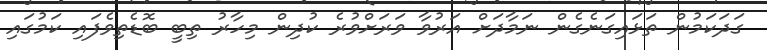
ގަދަކަމުން ތަޅައިގަނެގެން ނަމާދަށް އަރުވާ ވަރަށްވުރެ ކުދިން މިހާރު ތިބީ ބޮޑެތިވެފައި ކަމުގައި